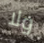
ولا